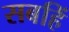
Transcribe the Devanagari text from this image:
सबहिं